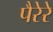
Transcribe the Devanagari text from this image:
पैरेरे